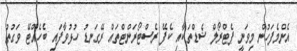
އެންމެފަހުން މިވަނީ ޕެޓްރޯލް ޝެޑްތަކާއި ކެފޭ ރެސްޓޯރަންޓްތައް ރޭގަނޑު ހުޅުވާފައި ބެހެއްޓޭ ވަގުތު